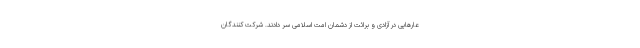
عارهایی در آزادی و برائت از دشمان امت اسلامی سر دادند. شرکت کنندگان